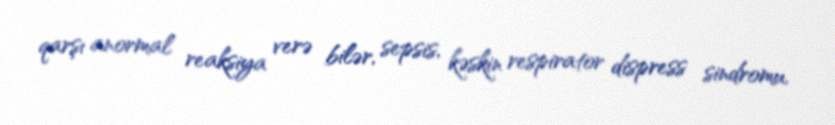
qarşı anormal reaksiya verə bilər, sepsis, kəskin respirator dispress sindromu,